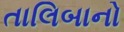
તાલિબાનો